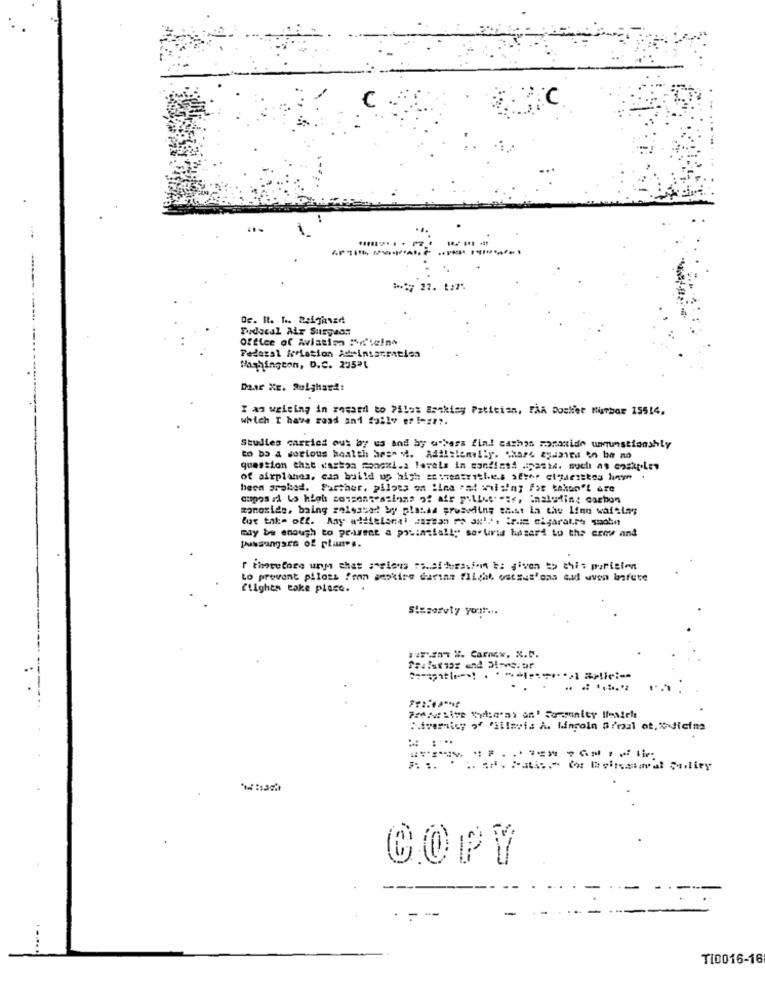
ic
**** 27. 1:7%
De. Il. .. Reighnad
Fodscal Air Surgeon
Office of Avistim Drie!no
Federal Milation Administration
Washington, D.C. 255"1
Daar XE. Ruighard:
I am waiting in rosaed to 75los Bankisy Patician, FAR Dosket turbor 15514,
which I have road and fallv er!ezt ?.
Studies carried out by us and by others fin! cathos moranide ununstionshly
to bo a serious health base v. Adililemilly. Share ayanira on be no
question that waston monchi.a levels in sandins4 .panic. such as cosaples
of airplanes, can build up high se :renseithe.s serer clientes hin .
heen grobad. Further, pilots on line Pat willing Foe taken"! are
monoxide, baing selessed by plassa gruboding gast la the line waiting
may be enough to prasent a posintially souris hasard to the erre and
I therefore ways that sapiens consideration be given to this parteien
to prevent pilots fran amskire darian flight outsut'ons cad aven lafete
Clighes take place. .
Si=sorely your ...
Mivemicy of "ilinvis À. Lincoln :'mal ot, % Jicima
COPY
TI0016-16